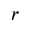
_ r